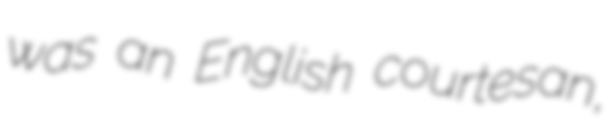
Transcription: was an English courtesan,